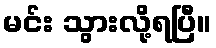
မင်း သွားလို့ရပြီ။